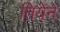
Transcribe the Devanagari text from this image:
तियेने